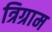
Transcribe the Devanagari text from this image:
त्रिग्राम